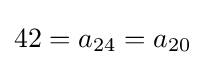
42=a_{24}=a_{20}